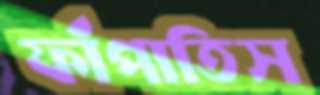
ফাঁপাতিস